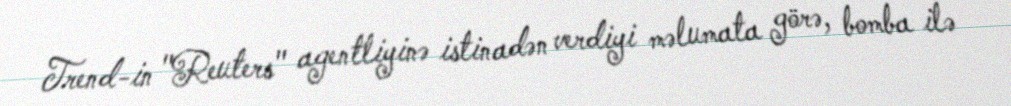
Trend-in "Reuters" agentliyinə istinadən verdiyi məlumata görə, bomba ilə